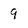
Character: 9